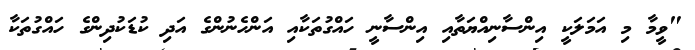
"ވީމާ މި އަމަލަކީ އިންސާނިއްޔަތާއި އިންސާނީ ހައްގުތަކާއި އަންހެނުންގެ އަދި ކުޑަކުދިންގެ ހައްގުތަކާ